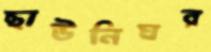
ছাউনিঘর